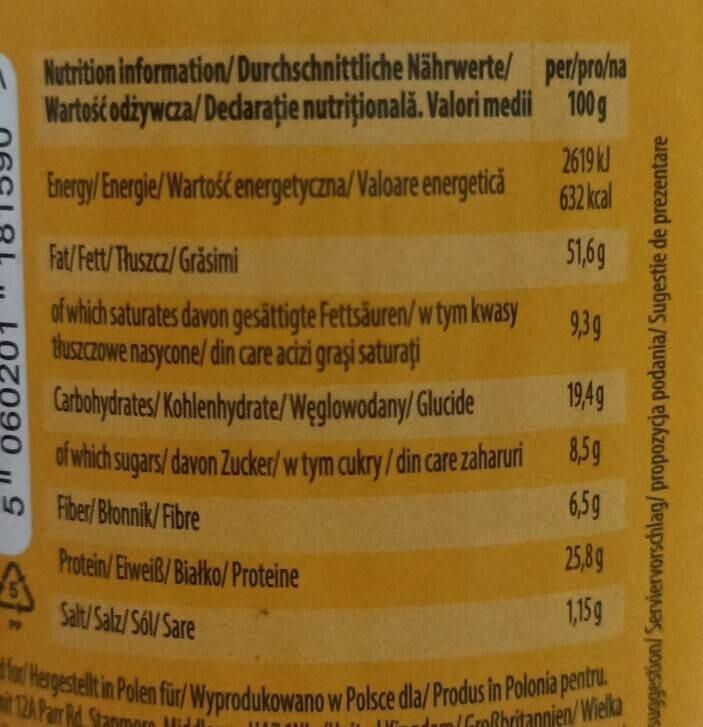
0602
Nutrition
information/Durchschnittliche Nährwerte/ per/pro/na Wartość odżywcza/Declaraţie nutriţională. Valori medii 100g
Energy/Energie/Wartość energetyczna/Valoare energetică
Fat/Fett/Thuszcz/Grăsimi
of which saturates davon gesättigte Fettsäuren/w tym kwasy tłuszczowe nasycone/ din care acizi graşi saturati Carbohydrates/Kohlenhydrate/Węglowodany/Glucide of which sugars/ davon Zucker/w tym cukry / din care zaharuri
Fiber/Błonnik/Fibre
Protein/Eiweiß/Białko/Proteine
Salt/Salz/Sol/Sare
2619 kJ 632 kcal
51,6g
9,3g
19,4g
8,5g
6,59
25,8g
1,159
fo/Hergestellt in Polen für/Wyprodukowano w Polsce dla/Produs in Polonia pentru.
124 Parr Rd. Stanmorn Mid
m/Großbritannien/Wielka
LUIS ALL 211 to
Suggestion/Serviervorschlag/propozycja podania/ Sugestie de prezentare